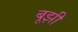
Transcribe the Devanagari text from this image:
बूझी